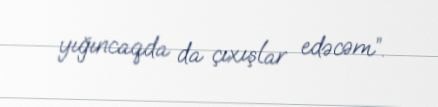
yığıncaqda da çıxışlar edəcəm”.